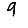
Digit: 9